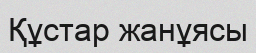
Құстар жанұясы